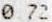
0.72